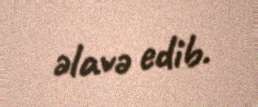
əlavə edib.